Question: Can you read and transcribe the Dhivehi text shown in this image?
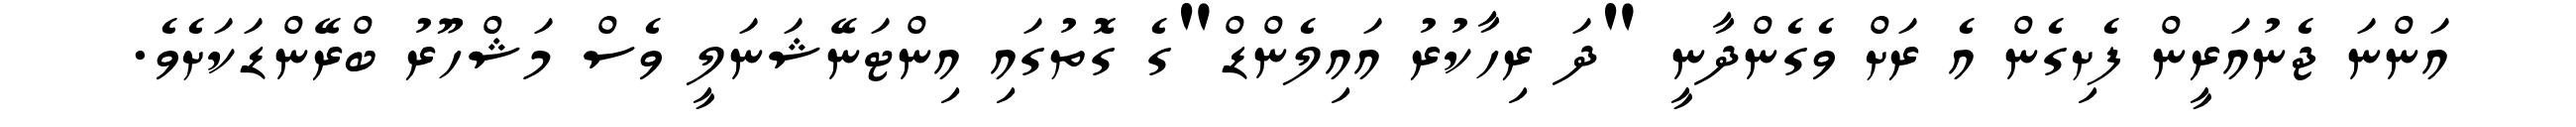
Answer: އަންނަ ޖެނުއަރީން ފެށިގެން އެ ރަށް ވެގެންދާނީ "ދަ ރިހާކުރު އައިލެންޑް"ގެ ގޮތުގައި އިންޓަނޭޝަނަލީ ވެސް މަޝްހޫރު ބްރޭންޑަކަށެވެ.